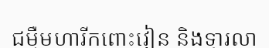
ជម្ងឺមហារីកពោះវៀន និងទ្វារលា